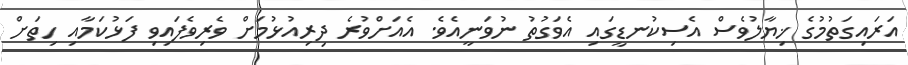
އަރައިގަތުމުގެ ޚިޔާލުވެސް އެސިކުނޑީގައި އެވަގުތު ނުވަނީއެވެ. އެއަށްވުރެ ދިރިއުޅުމަށް ވެރިވެފައިވި ފަޅުކަމާއި ހިތަށް